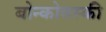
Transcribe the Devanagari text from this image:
बोन्कोवस्की